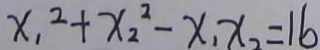
x _ { 1 } ^ { 2 } + x _ { 2 } ^ { 2 } - x _ { 1 } x _ { 2 } = 1 6